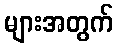
များအတွက်